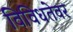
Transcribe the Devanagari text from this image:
विविधतेवर